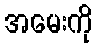
အမေးကို